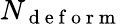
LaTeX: N_{\mathrm{~d~e~f~o~r~m~}}